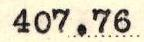
407.76